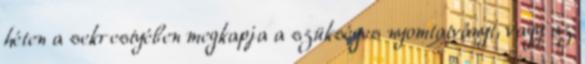
héten a sekrestyében megkapja a szükséges nyomtatványt, vagy az